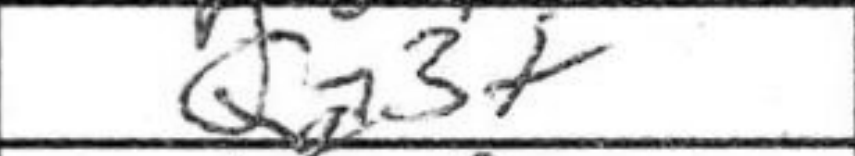
Transcription: Qa3+